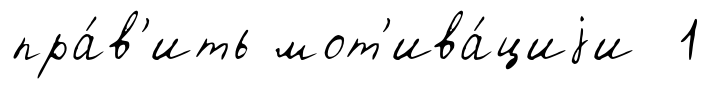
пра́в'ить мот'ива́циjи 1